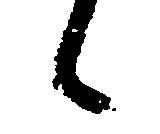
候